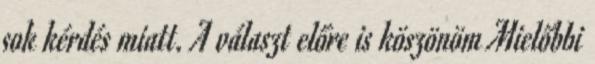
sok kérdés miatt. A választ előre is köszönöm Mielőbbi